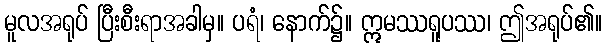
မူလအရုပ် ပြီးစီးရာအခါမှ။ ပရံ၊ နောက်၌။ ဣမဿရူပဿ၊ ဤအရုပ်၏။